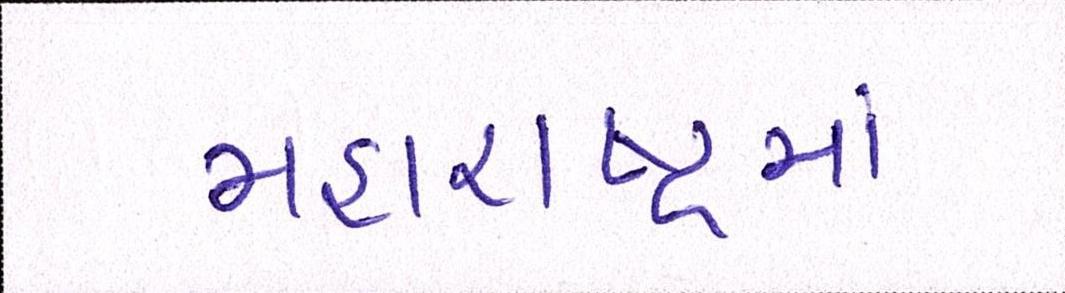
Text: મહારાષ્ટ્રમાં